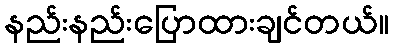
နည်းနည်းပြောထားချင်တယ်။